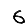
Digit: 6